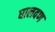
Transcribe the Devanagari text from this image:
घालवण